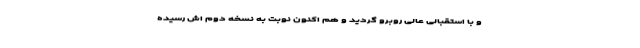
و با استقبالی عالی روبرو گردید و هم اکنون نوبت به نسخه دوم اش رسیده